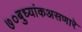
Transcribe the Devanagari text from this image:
७०बुध्यांकअसणारे